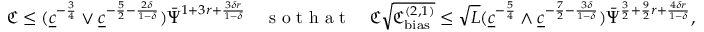
\mathfrak { C } \le ( \underline { { c } } ^ { - \frac { 3 } { 4 } } \vee \underline { { c } } ^ { - \frac { 5 } { 2 } - \frac { 2 \delta } { 1 - \delta } } ) \bar { \Psi } ^ { 1 + 3 r + \frac { 3 \delta r } { 1 - \delta } } \quad \textnormal { s o t h a t } \quad \mathfrak { C } \sqrt { \mathfrak { C _ { \mathrm { b i a s } } ^ { ( 2 , 1 ) } } } \le \sqrt { L } ( \underline { { c } } ^ { - \frac { 5 } { 4 } } \wedge \underline { { c } } ^ { - { \frac { 7 } { 2 } } - \frac { 3 \delta } { 1 - \delta } } ) \bar { \Psi } ^ { \frac { 3 } { 2 } + \frac { 9 } { 2 } r + \frac { 4 \delta r } { 1 - \delta } } ,